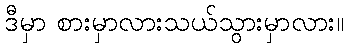
ဒီမှာ စားမှာလားသယ်သွားမှာလား။